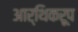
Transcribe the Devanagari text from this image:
आर्थिकरूप